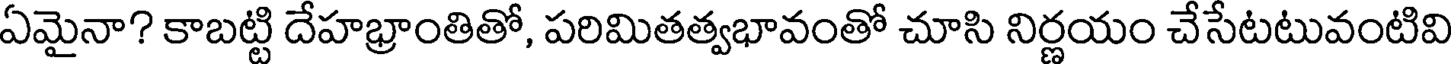
ఏమైనా? కాబట్టి దేహభ్రాంతితో, పరిమితత్వభావంతో చూసి నిర్ణయం చేసేటటువంటివి